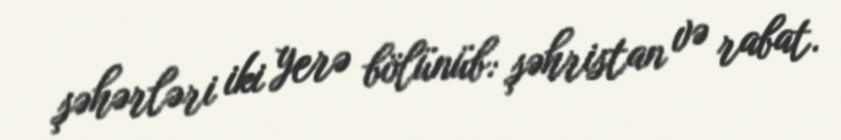
şəhərləri iki yerə bölünüb: şəhristan və rabat.